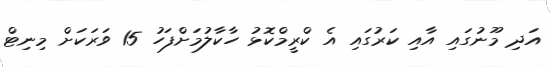
އަދި މޫނުގައި އާއި ކަރުގައި އެ ކްރީމްކޮޅު ހާކާލުމަށްފަހު 15 ވަރަކަށް މިނިޓް